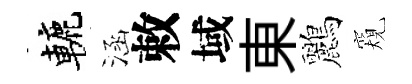
轆涵敕域東鸝窺